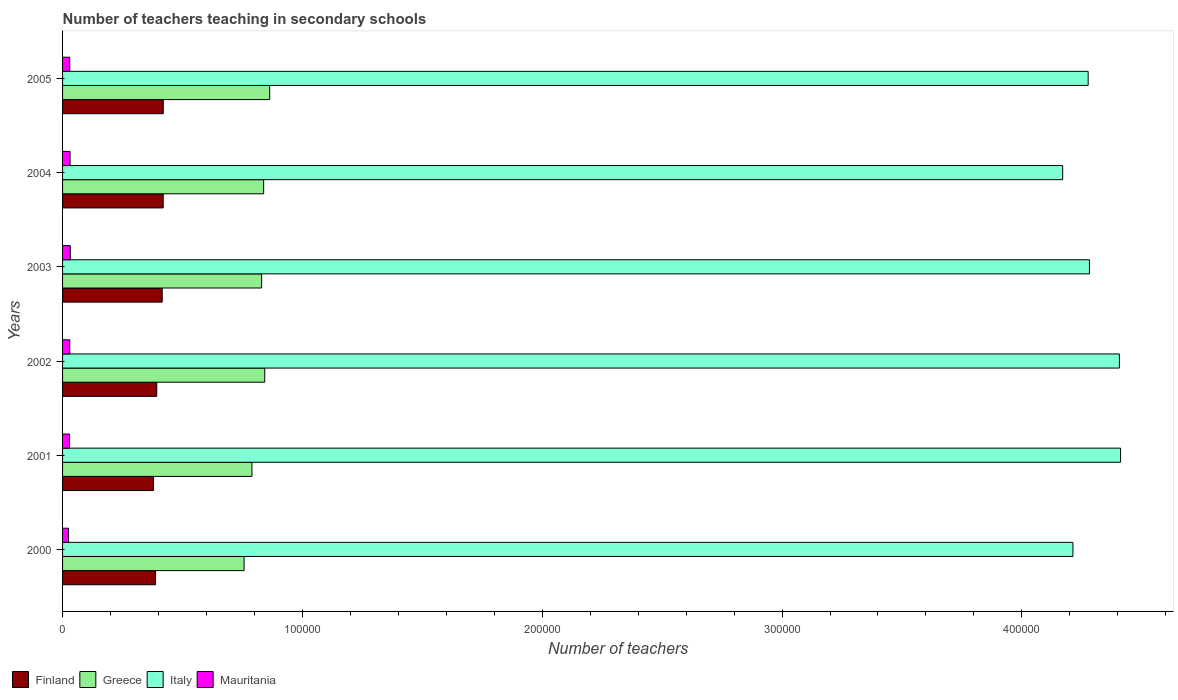
| Years | Finland | Greece | Italy | Mauritania |
 | --- | --- | --- | --- | --- |
 | 2000 | 3.88e+04 | 7.57e+04 | 4.21e+05 | 2.49e+03 |
 | 2001 | 3.79e+04 | 7.9e+04 | 4.41e+05 | 2.91e+03 |
 | 2002 | 3.93e+04 | 8.43e+04 | 4.41e+05 | 3e+03 |
 | 2003 | 4.16e+04 | 8.3e+04 | 4.28e+05 | 3.24e+03 |
 | 2004 | 4.2e+04 | 8.38e+04 | 4.17e+05 | 3.13e+03 |
 | 2005 | 4.2e+04 | 8.64e+04 | 4.28e+05 | 3e+03 |